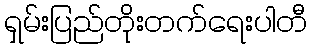
ရှမ်းပြည်တိုးတက်ရေးပါတီ